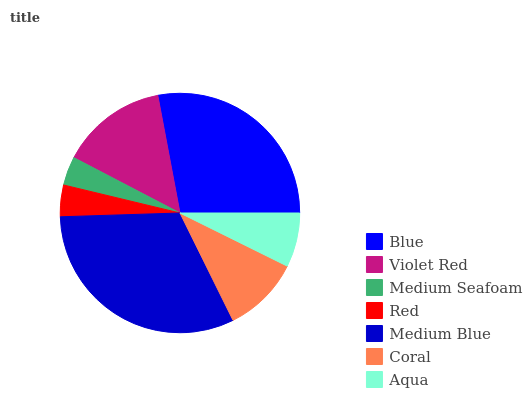
| Blue | Violet Red | Medium Seafoam | Red | Medium Blue | Coral | Aqua |
 | --- | --- | --- | --- | --- | --- | --- |
 | 28% | 14.4% | 3.9% | 4.26% | 31.8% | 10.4% | 7.31% |